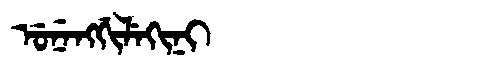
Manchu: ᡠᠨᡝᠩᡤᡳᠯᡝᡴᡳᠨᡳ
Romanization: UNENGGILEKINI